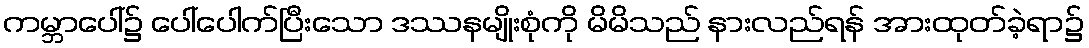
ကမ္ဘာပေါ်၌ ပေါ်ပေါက်ပြီးသော ဒဿနမျိုးစုံကို မိမိသည် နားလည်ရန် အားထုတ်ခဲ့ရာ၌